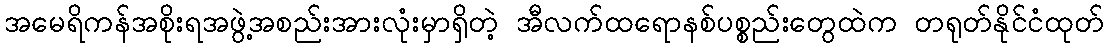
အမေရိကန်အစိုးရအဖွဲ့အစည်းအားလုံးမှာရှိတဲ့ အီလက်ထရောနစ်ပစ္စည်းတွေထဲက တရုတ်နိုင်ငံထုတ်